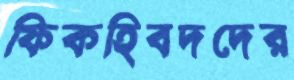
ফিকহিবদদের